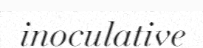
inoculative